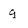
Character: g